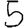
Digit: 5